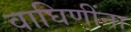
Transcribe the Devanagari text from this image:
वाघिणींना